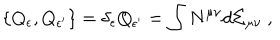
\{ Q _ { \epsilon } , Q _ { \epsilon ^ { \prime } } \} = \delta _ { \epsilon } Q _ { \epsilon ^ { \prime } } = \int N ^ { \mu \nu } d \Sigma _ { \mu \nu } \ ,